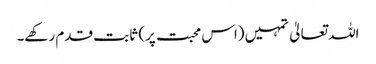
اللہ تعالیٰ تمہیں (اس محبت پر) ثابت قدم رکھے۔